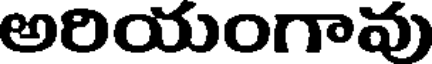
అరియంగావు